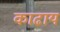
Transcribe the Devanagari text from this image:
काढाय